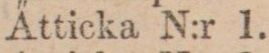
A̋tticka N:r 1.